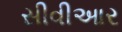
સીવીઆર